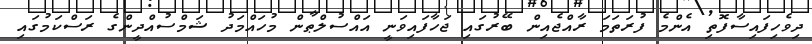
ދިވެހިފައިސާފޮތި އެންމެ ފުރަތަމަ ރާއްޖެއިން ބޭރުގައި ޖަހާފައިވަނީ އައްސުލްޠާން މުހައްމަދު ޝަމްސުއްދީންގެ ރަސްކަމުގައި